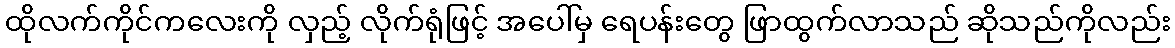
ထိုလက်ကိုင်ကလေးကို လှည့် လိုက်ရုံဖြင့် အပေါ်မှ ရေပန်းတွေ ဖြာထွက်လာသည် ဆိုသည်ကိုလည်း